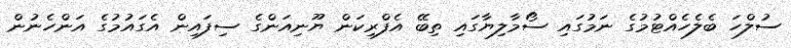
ސުލްހަ ބެލެހެއްޓުމުގެ ނަމުގައި ސޯމާލިޔާގައި ތިބޭ އެފްރިކަން ޔޫނިއަންގެ ސިފައިން އެގައުމުގެ އަންހެނުން